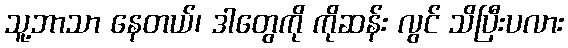
သူ့ဘာသာ နေတယ်၊ ဒါတွေကို ကိုဆန်း လွင် သိပြီးပလား